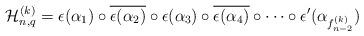
LaTeX: \begin{align*}\mathcal H_{n,q}^{(k)}=\epsilon(\alpha_1)\circ\overline{\epsilon(\alpha_2)}\circ\epsilon(\alpha_3)\circ\overline{\epsilon(\alpha_4)}\circ \cdots\circ\epsilon'(\alpha_{f_{n-2}^{(k)}})\end{align*}